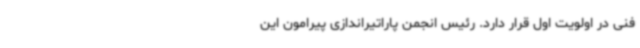
فنی در اولویت اول قرار دارد. رئیس انجمن پاراتیراندازی پیرامون این